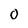
Character: O